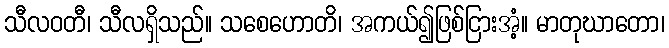
သီလဝတီ၊ သီလရှိသည်။ သစေဟောတိ၊ အကယ်၍ဖြစ်ငြားအံ့။ မာတုဃာတော၊